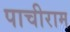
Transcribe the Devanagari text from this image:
पाचीराम